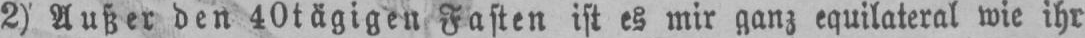
2) Außer den 40tägigen Fasten ist es mir ganz equilateral wie ihr